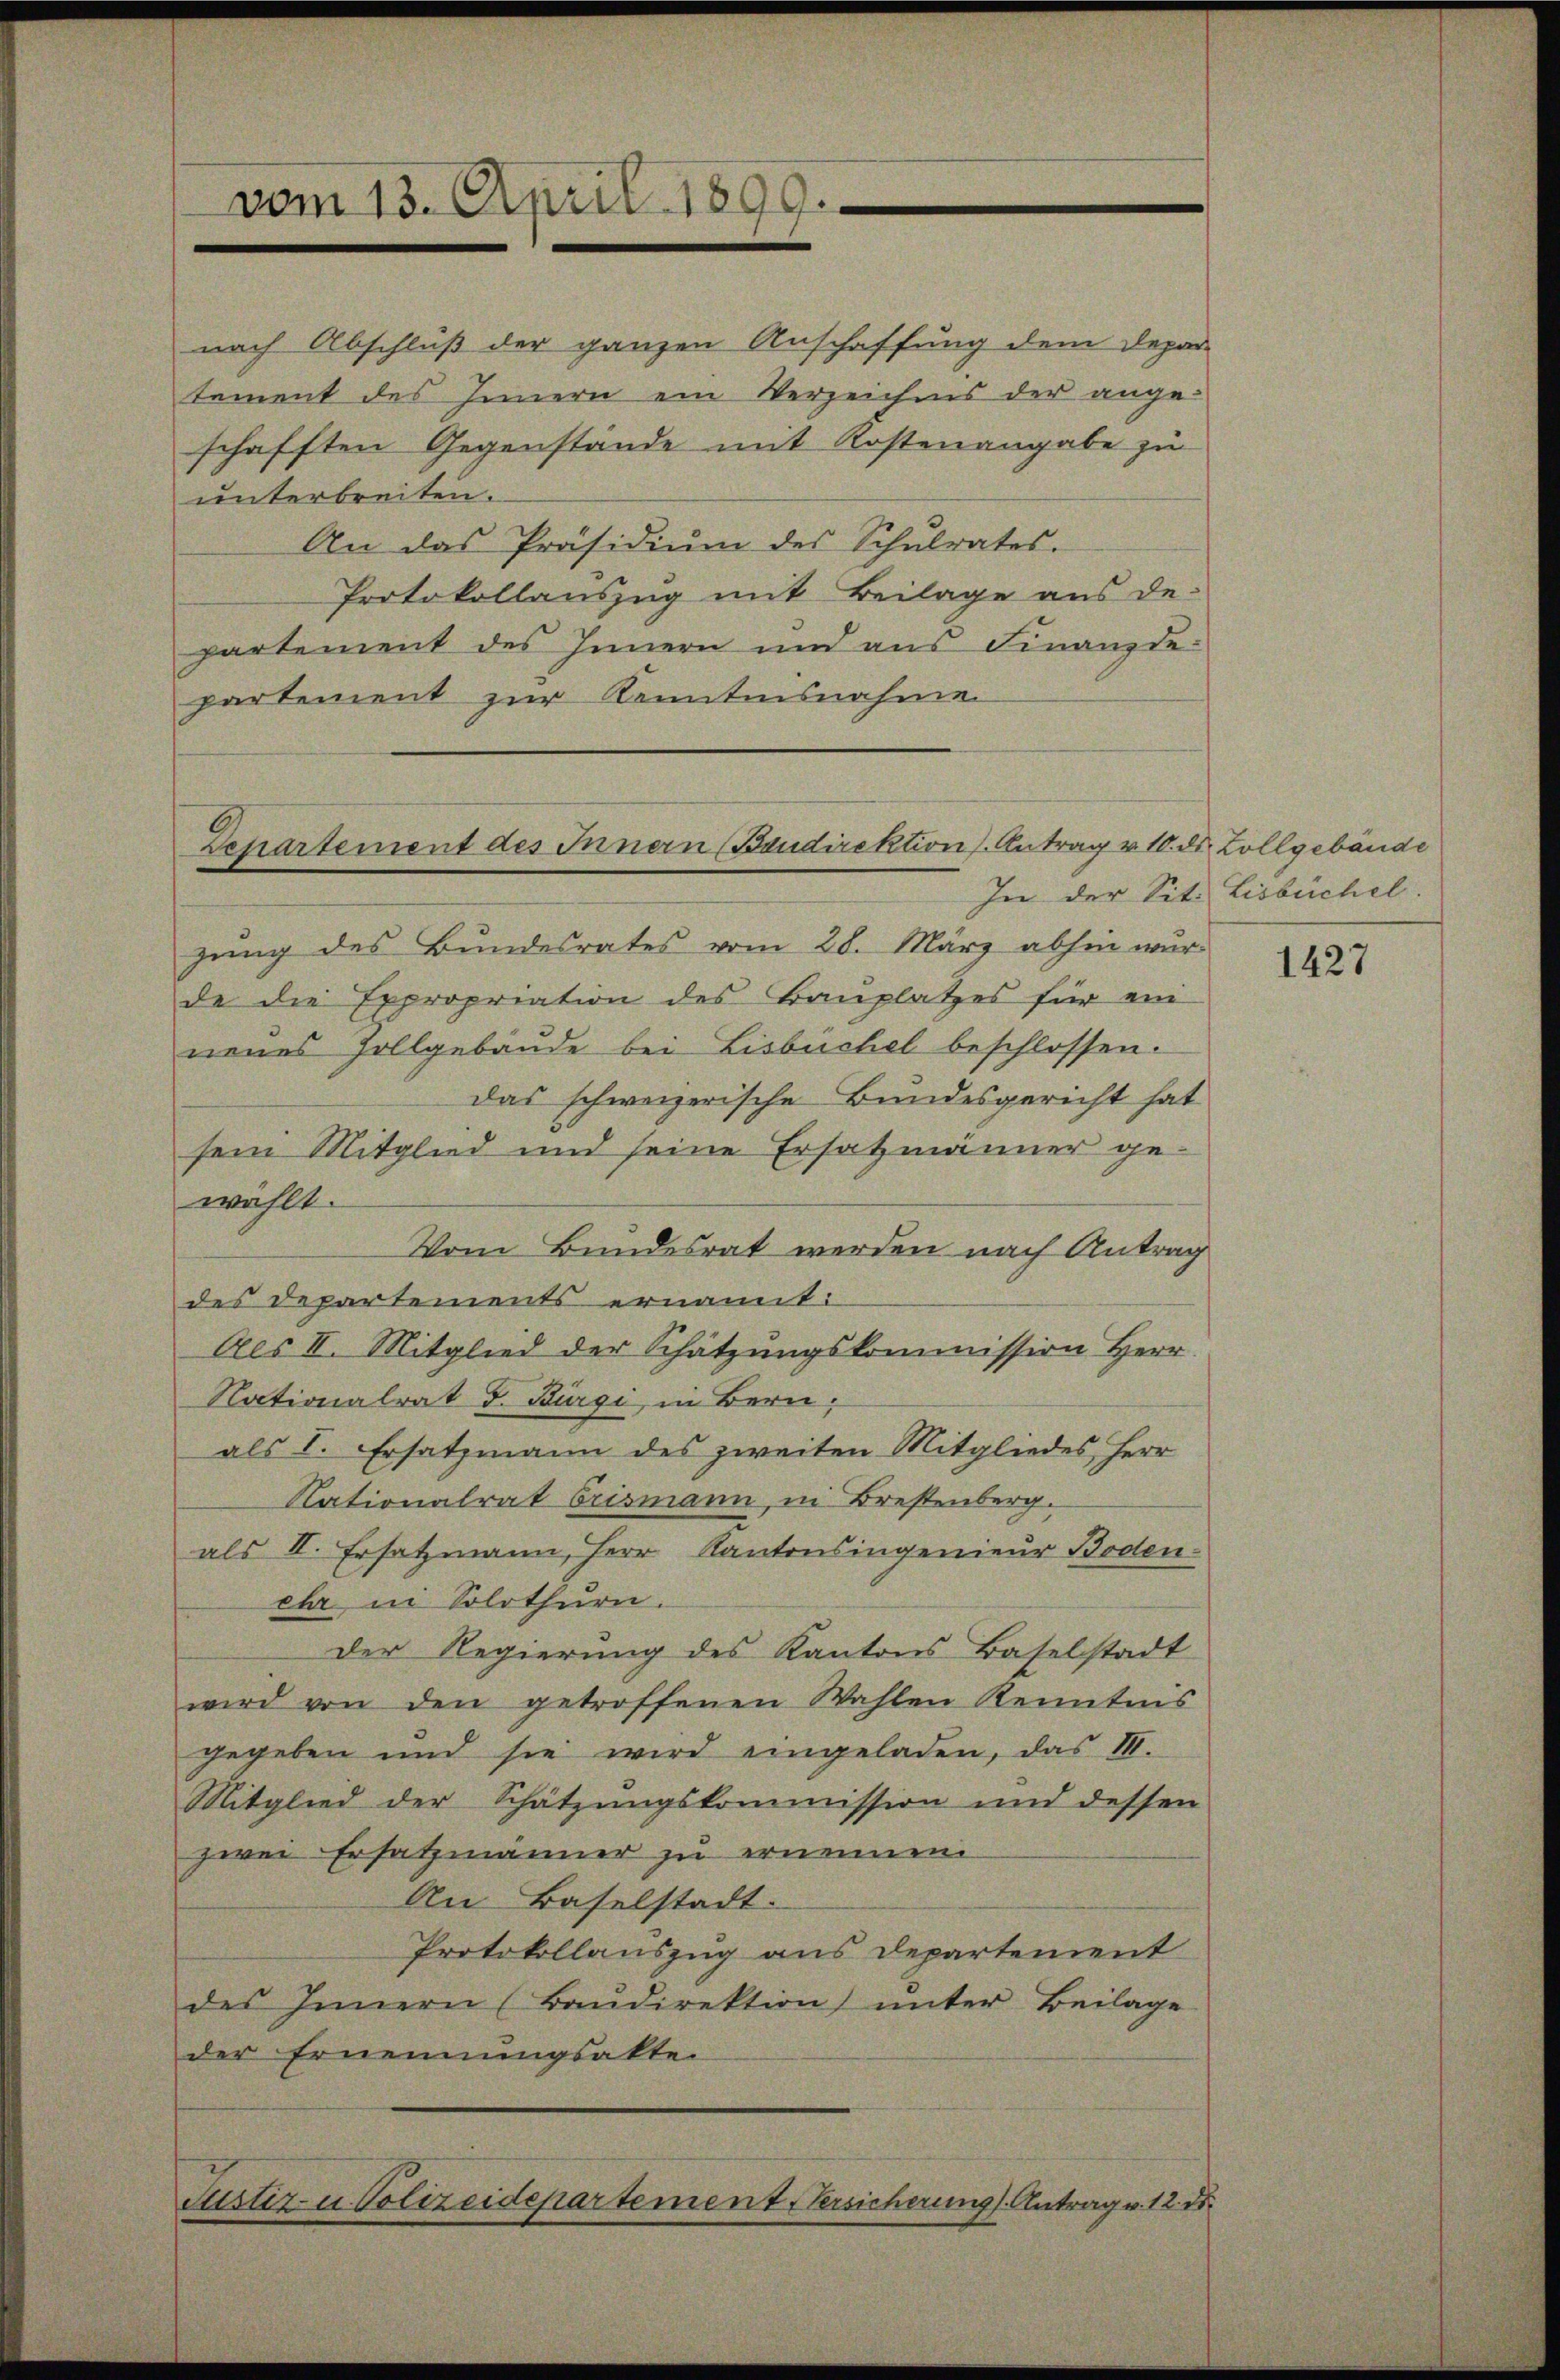
vom 13. April 1890

nach Abschluß der ganzen Anschaffung dem Depar-
tement des Innern ein Verzeichnis der angeschafften Gegenstände mit Kostenangabe zu
unterbreiten.
An das Präsidiŭm des Schŭlrates.
Protokollauszug mit Beilage aus de-
partement des Innern und aus Finanzdepartement zur Kenntnisnahme

Departement des Innern (Baudirektions Antrag v. 10. ds. Zollgebäude

In der Sit. Lisbüchel.
gŭng des Bundesrates vom 20. März abhin wur-
de die Expropriation des Bauplatzes für ein
neues Hollgebäude bei Lisbüchel beschlossen.
das schweizerische Bundesgericht hat
sein Mitglied und seine Ersatzmänner ge-
wählt.
Vom Bundesrat werden nach Antrag
des Departements ernannt:
Als II. Mitglied der Schätzungskommission Herr
Nationalrat d. Bürgi, in Bern:
als V. Ersatzmann des zweiten Mitgliedes Herr
Nationalrat Brismann, in Brestenberg.
als II. Ersatzmann, Herr Kantonsingenieur Boden-
ehr in Solothurn.
Der Regierung des Kantons Baselstadt
wird von den getroffenen Wahlen Kenntnis
gegeben und sie wird eingeladen, das III.
Mitglied der Schätzungskommission und dessen
zwei Ersatzmänner zu erinnen.
An Baselstadt.
Protokollauszug aus Departement
des Innern (Baŭdirektion ŭnter Beilage
der Ernennungsakter
Justiz- u Polizeidepartement Versicherungs-Antrag v. 12. ds.

1427